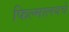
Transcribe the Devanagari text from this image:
फिल्मालयचे